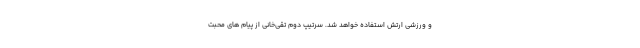
و ورزشی ارتش استفاده خواهد شد. سرتیپ دوم تقی‌خانی از پیام های محبت